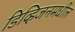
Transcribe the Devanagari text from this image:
डिव्हिजनमधील